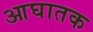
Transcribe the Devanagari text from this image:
आघातक